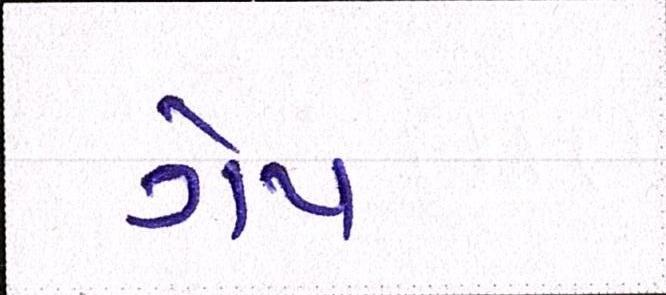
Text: ગેપ